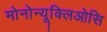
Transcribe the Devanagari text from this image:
मोनोन्यूक्लिओसि